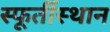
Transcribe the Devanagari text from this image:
स्फूर्तीस्थान